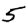
Digit: 5